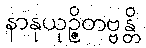
နာနုယုဉ္ဇိတဗ္ဗန္တိ